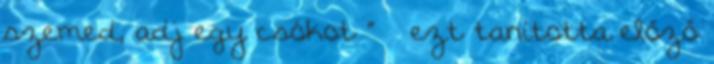
szemed, adj egy csókot ” – ezt tanította előző